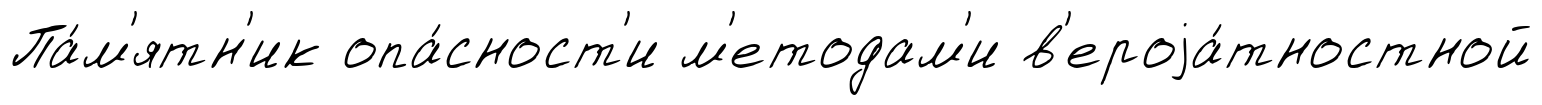
Па́м'ятн'ик опа́сност'и м'етодам'и в'ероjа́тностной